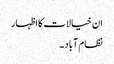
ان خیالات کا اظہار
نظام آباد ۔